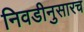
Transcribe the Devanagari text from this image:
निवडीनुसारच